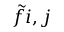
\tilde { f } { i , j }